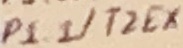
Text: P1.1/T2EX